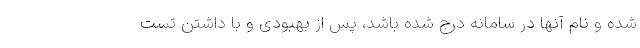
شده و نام آنها در سامانه درج شده باشد، پس از بهبودی و با داشتن تست